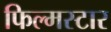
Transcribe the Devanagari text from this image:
फिल्मस्टार